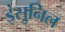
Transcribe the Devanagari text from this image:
इंसुनिल